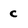
Character: c